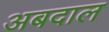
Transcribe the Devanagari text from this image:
अबदाल